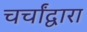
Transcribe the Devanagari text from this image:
चर्चांद्वारा